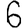
Digit: 6